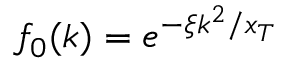
f _ { 0 } ( k ) = e ^ { - \xi k ^ { 2 } / x _ { T } }